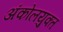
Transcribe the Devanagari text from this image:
अंकोलयुक्त